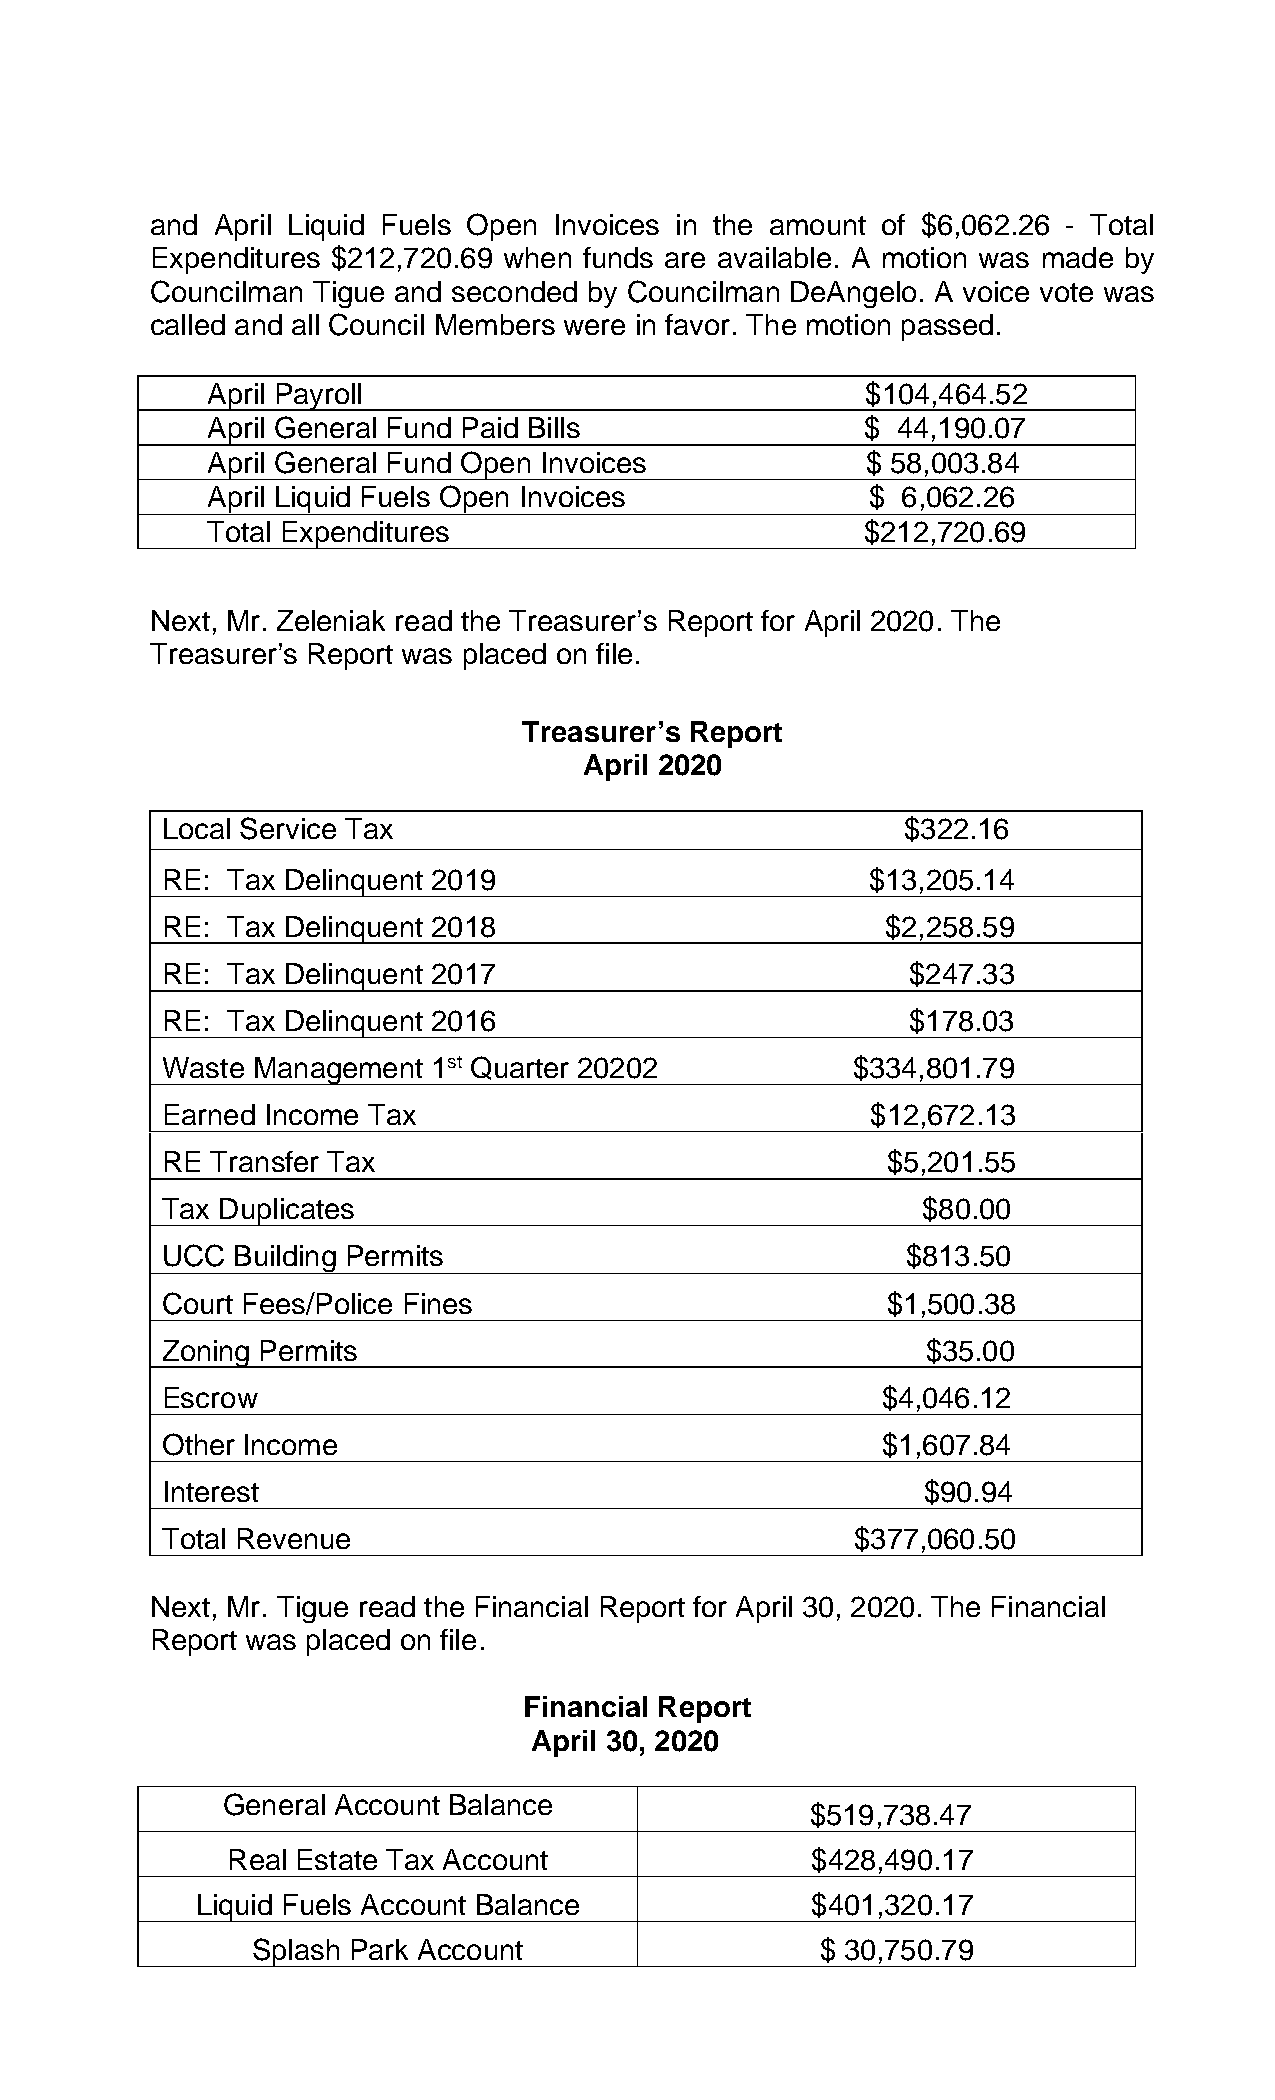
and April Liquid Fuels Open Invoices in the amount of $6,062.26 - Total
 Expenditures $212,720.69 when funds are available. A motion was made by
 Councilman Tigue and seconded by Councilman DeAngelo. A voice vote was
 called and all Council Members were in favor. The motion passed.
 April Payroll                              $104,464.52
 April General Fund Paid Bills              $ 44,190.07
 April General Fund Open Invoices           $ 58,003.84
 April Liquid Fuels Open Invoices            $ 6,062.26
 Total Expenditures                         $212,720.69
 Next, Mr. Zeleniak read the Treasurer’s Report for April 2020. The
 Treasurer’s Report was placed on file.
 Treasurer’s Report
 April 2020
 Local Service Tax                                $322.16
 RE: Tax Delinquent 2019                        $13,205.14
 RE: Tax Delinquent 2018                         $2,258.59
 RE: Tax Delinquent 2017                          $247.33
 RE: Tax Delinquent 2016                          $178.03
 Waste Management  1st Quarter 20202          $334,801.79
 Earned Income Tax                              $12,672.13
 RE Transfer Tax                                 $5,201.55
 Tax Duplicates                                    $80.00
 UCC Building Permits                             $813.50
 Court Fees/Police Fines                         $1,500.38
 Zoning Permits                                    $35.00
 Escrow                                         $4,046.12
 Other Income                                   $1,607.84
 Interest                                          $90.94
 Total Revenue                                 $377,060.50
 Next, Mr. Tigue read the Financial Report for April 30, 2020. The Financial
 Report was placed on file.
 Financial Report
 April 30, 2020
 General Account Balance
 $519,738.47
 Real Estate Tax Account                $428,490.17
 Liquid Fuels Account Balance             $401,320.17
 Splash Park Account                  $ 30,750.79